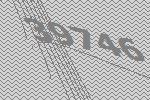
39746